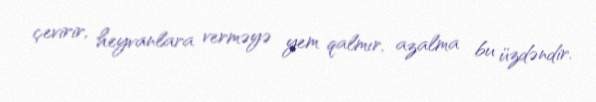
çevirir, heyvanlara verməyə yem qalmır, azalma bu üzdəndir.